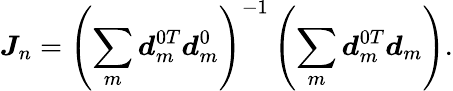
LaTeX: \boldsymbol{J}_{n}=\left(\sum_{m}\boldsymbol{d}_{m}^{0T}\boldsymbol{d}_{m}^{0}\right)^{-1}\left(\sum_{m}\boldsymbol{d}_{m}^{0T}\boldsymbol{d}_{m}\right).